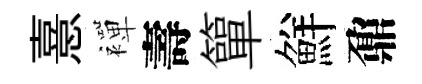
憙襌壽簞鮮鼐